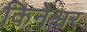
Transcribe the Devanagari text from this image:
किनेश्वर